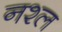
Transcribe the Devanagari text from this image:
नश्ल